Report of the Municipal Commissioner on the plague in Bombay for the year ending 31st May... - Volume 1
Disease focus: Plague
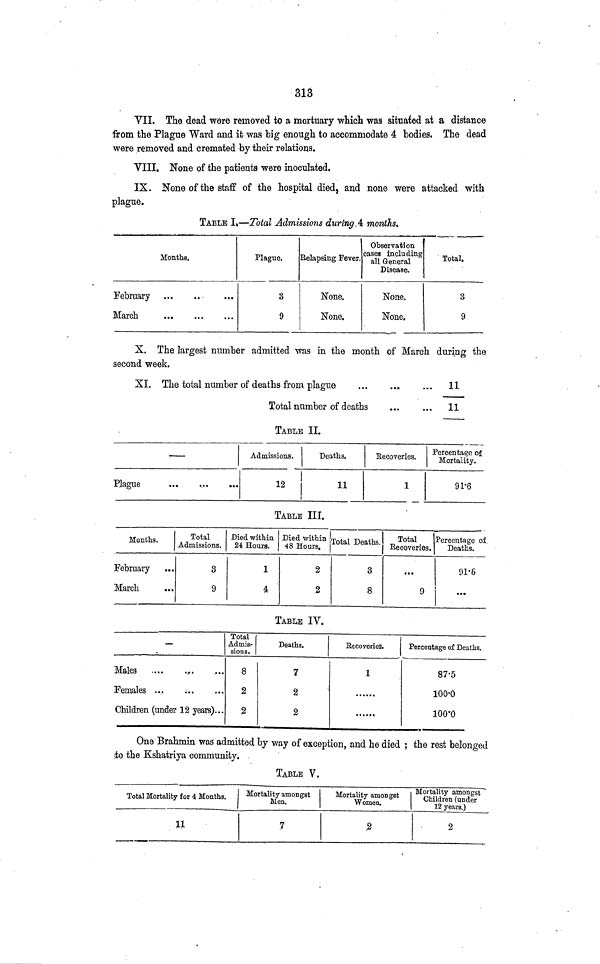
313
VIL The dead were removed to a mortuary which was situated at a distance
from the Plague Ward and it was big enough to accommodate 4 bodies. The dead
were removed and cremated by their relations.
VIII. None of the patients were inoculated.
IX. None of the staff of the hospital died, and none were attacked with
plague.
TABLE I.—Total Admissions during 4 months.
Months.
February
March
Plague.
3
9
Relapsing Fever.
None.
None.
Observation
cases including
all General
Disease.
None.
None.
Total.
3
9
X. The largest number admitted was in the month of March during the
second week.
XI. The total number of deaths from plague
Total number of deaths
... 11
...
11
TABLE II.
Plague
Admissions.
12
Deaths.
11
Eecoveries.
1
Percentage of
Mortality.
91.6
TABLE III.
Months.
February
March
Total
Admissions.
3
9
Died within
24 Hours.
1
4
Died within
48 Hours.
2
2
Total Deaths.
3
8
Total
Eecoveries.
...
9
Percentage of
Deaths.
91.6
TABLE IV.
—
Males
Females
Children (under 12 years)...
Total
Admis-
sions.
8
2
2
Deaths.
7
2
2
Recoveries.
1
Percentage of Deaths.
87.5
100.0
100.0
One Brahmin was admitted by way of exception, and he died ; the rest belonged
to the Kshatriya community.
TABLE V.
Total Mortality for 4 Months.
11
Mortality amongst
Men.
7
Mortality amongst
Women.
2
Mortality amongst
Children (under
12 years.)
2